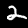
Label: 2